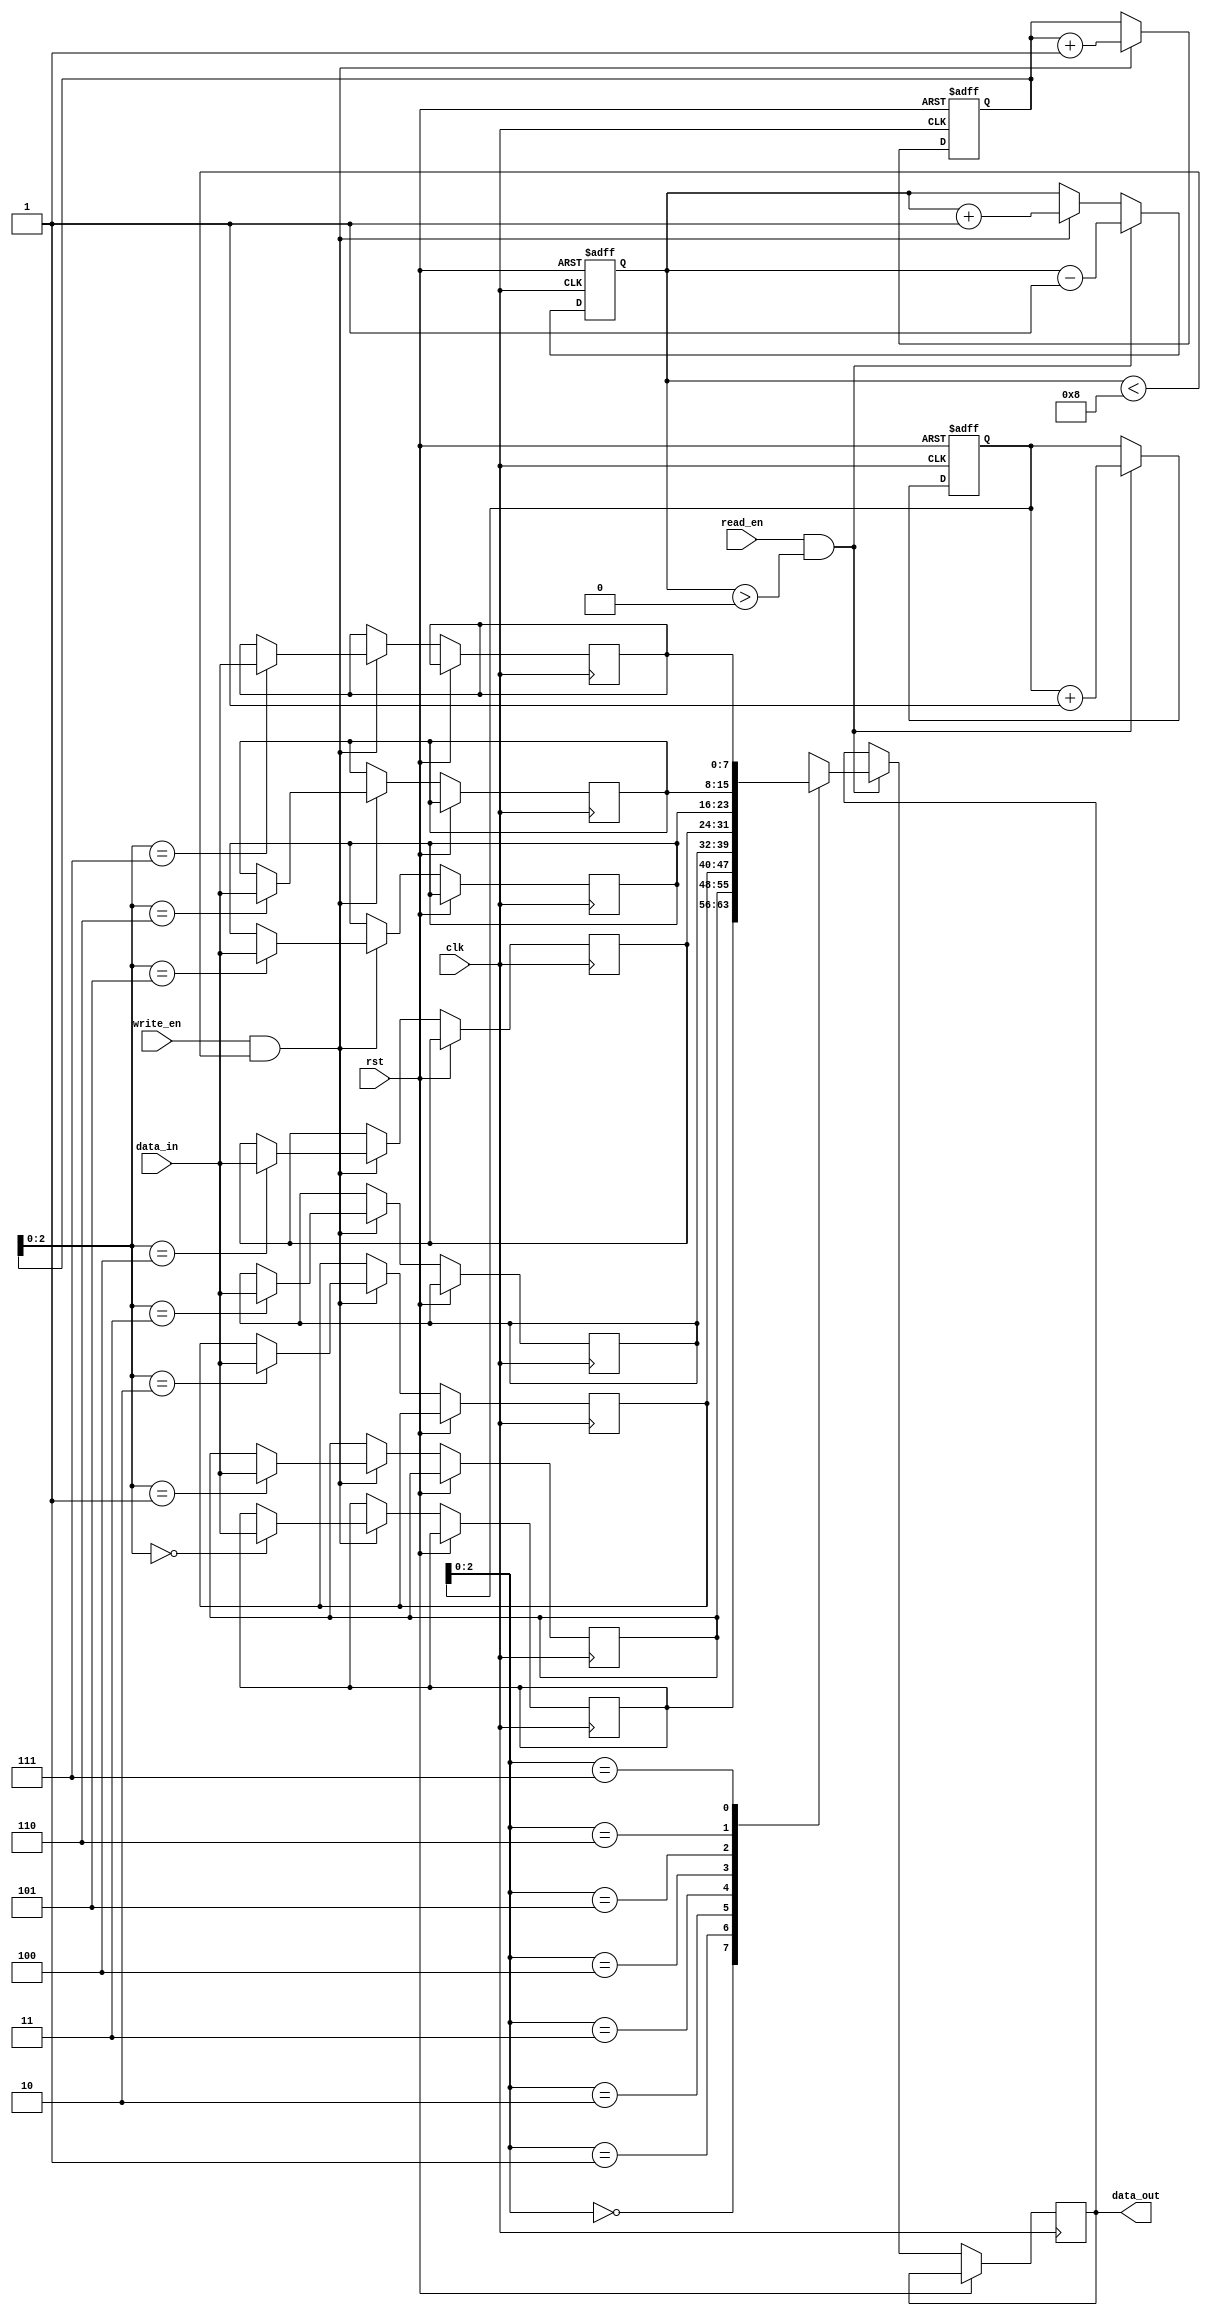
module synchronous_fifo (
    input wire clk,
    input wire rst,
    input wire write_en,
    input wire read_en,
    input wire [DATA_WIDTH-1:0] data_in,
    output wire [DATA_WIDTH-1:0] data_out
);

parameter DEPTH = 8;
parameter DATA_WIDTH = 8;

reg [DATA_WIDTH-1:0] fifo [DEPTH-1:0];
reg [DATA_WIDTH-1:0] read_data;
reg [3:0] wr_ptr;
reg [3:0] rd_ptr;
reg [3:0] fifo_count;

always @(posedge clk or posedge rst) begin
    if (rst) begin
        wr_ptr <= 0;
        rd_ptr <= 0;
        fifo_count <= 0;
    end else begin
        if (write_en && fifo_count < DEPTH) begin
            fifo[wr_ptr] <= data_in;
            wr_ptr <= wr_ptr + 1;
            fifo_count <= fifo_count + 1;
        end

        if (read_en && fifo_count > 0) begin
            read_data <= fifo[rd_ptr];
            rd_ptr <= rd_ptr + 1;
            fifo_count <= fifo_count - 1;
        end
    end
end

assign data_out = read_data;

endmodule